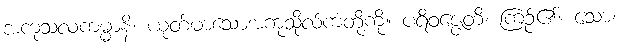
အကုသလကမ္မာနိ၊ ယုတ်မာသောအကုသိုလ်ကံတို့ကို။ ပရိဝဇ္ဇေတိ၊ ကြဉ်၏။ သော၊